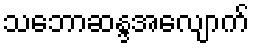
သဘောဆန္ဒအလျောက်